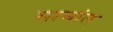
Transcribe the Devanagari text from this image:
सामांत